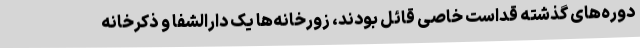
دوره‌های گذشته قداست خاصی قائل بودند، زورخانه‌ها یک دارالشفا و ذکرخانه